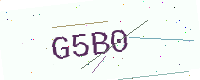
Text: G5B0